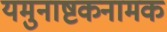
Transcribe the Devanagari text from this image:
यमुनाष्टकनामक